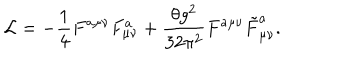
LaTeX: { \cal L } = - \frac { 1 } { 4 } F ^ { a \mu \nu } F _ { \mu \nu } ^ { a } + \frac { \theta g ^ { 2 } } { 3 2 \pi ^ { 2 } } F ^ { a \mu \nu } \tilde { F } _ { \mu \nu } ^ { a } .